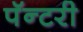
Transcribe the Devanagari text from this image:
पॅन्टरी